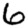
Digit: 6